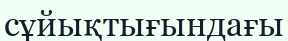
сұйықтығындағы